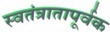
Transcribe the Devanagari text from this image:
स्वतंत्रातापूर्वक